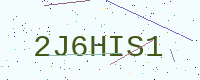
Text: 2J6HIS1